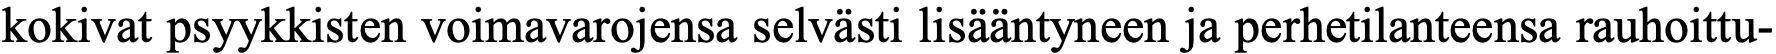
kokivat psyykkisten voimavarojensa selvästi lisääntyneen ja perhetilanteensa rauhoittu-